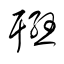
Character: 聨